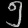
Digit: ၅